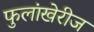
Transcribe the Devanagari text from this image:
फुलांखेरीज